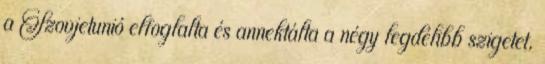
a Szovjetunió elfoglalta és annektálta a négy legdélibb szigetet,